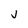
Character: j